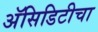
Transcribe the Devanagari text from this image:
अॅसिडिटीचा